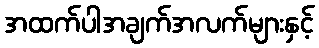
အထက်ပါအချက်အလက်များနှင့်